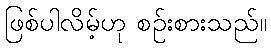
ဖြစ်ပါလိမ့်ဟု စဉ်းစားသည်။